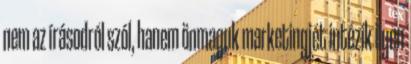
nem az írásodról szól, hanem önmaguk marketingjét intézik ilyen